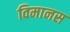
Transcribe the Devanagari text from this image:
विमानस